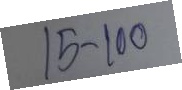
15 - 100